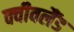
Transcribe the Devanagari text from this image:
क्वीवलैंड